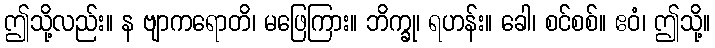
ဤသို့လည်း။ န ဗျာကရောတိ၊ မဖြေကြား။ ဘိက္ခု၊ ရဟန်း။ ခေါ၊ စင်စစ်။ ဧဝံ၊ ဤသို့။